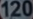
120